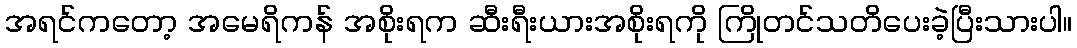
အရင်ကတော့ အမေရိကန် အစိုးရက ဆီးရီးယားအစိုးရကို ကြိုတင်သတိပေးခဲ့ပြီးသားပါ။